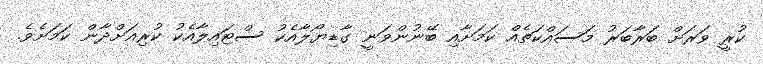
ކުރީ ވަރަށް ބަރާބަރު މަސައްކަތެއް ކަމަށާއި ބޭނުންވަނީ ގާޑިޔޯލާއެކު ސްޓައިލާއެކު ކުރިއަށްދާން ކަމަށެވެ.